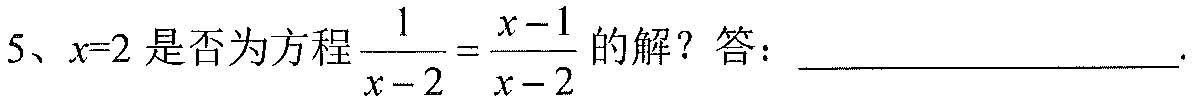
5、\(x = 2\)是否为方程\(\dfrac{1}{x - 2}=\dfrac{x - 1}{x - 2}\)的解？答：____________________.